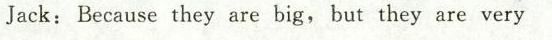
Jack:Because they are big, but they are very